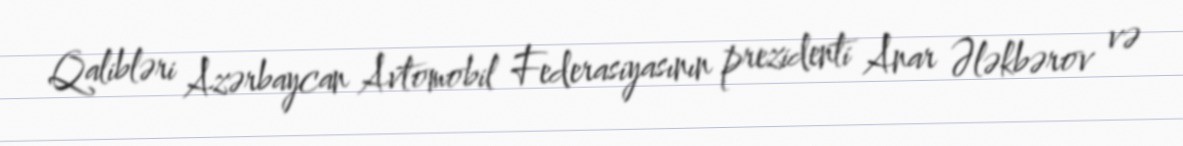
Qalibləri Azərbaycan Avtomobil Federasiyasının prezidenti Anar Ələkbərov və